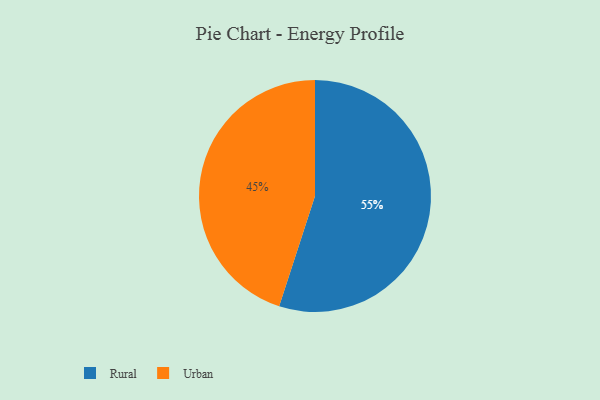
{"axis": {"x": "Category", "y": "Percentage"}, "legend": ["Rural", "Urban"], "data": [{"x": "Urban", "y": 45, "type": "Urban"}, {"x": "Rural", "y": 55, "type": "Rural"}]}